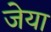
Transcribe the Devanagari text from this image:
जेया